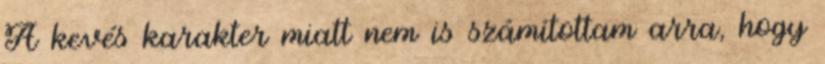
A kevés karakter miatt nem is számítottam arra, hogy